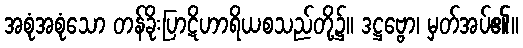
အစုံအစုံသော တန်ခိုးပြာဋိဟာရိယစသည်တို့၌။ ဒဋ္ဌဗ္ဗော၊ မှတ်အပ်၏။